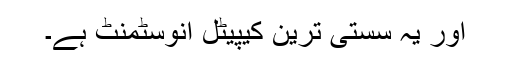
اور یہ سستی ترین کیپیٹل انوسٹمنٹ ہے۔